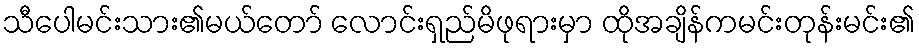
သီပေါမင်းသား၏မယ်တော် လောင်းရှည်မိဖုရားမှာ ထိုအချိန်ကမင်းတုန်းမင်း၏